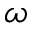
\omega